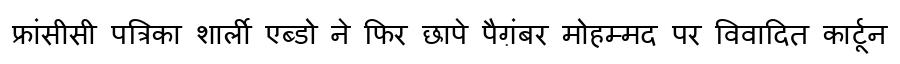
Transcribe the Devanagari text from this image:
फ्रांसीसी पत्रिका शार्ली एब्डो ने फिर छापे पैग़ंबर मोहम्मद पर विवादित कार्टून